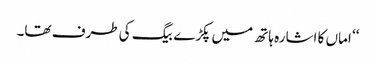
‘‘ اماں کا اشارہ ہاتھ میں پکڑے بیگ کی طرف تھا۔